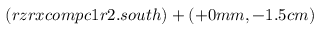
( r z r x c o m p c 1 r 2 . s o u t h ) + ( + 0 m m , - 1 . 5 c m )